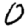
Digit: 0